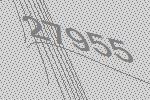
27955